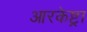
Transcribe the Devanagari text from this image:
आरकेष्ट्रा